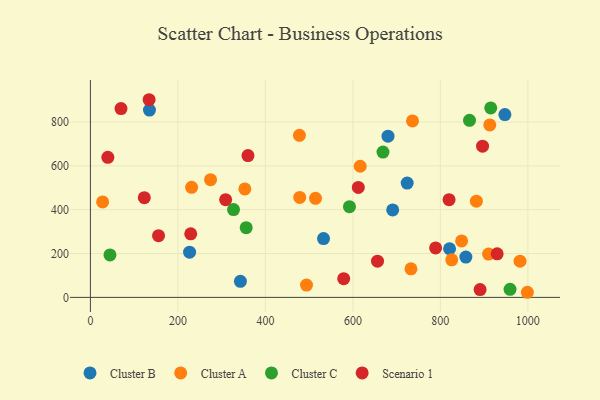
{"axis": {"x": "Price", "y": "Profit"}, "legend": ["Cluster A", "Cluster B", "Cluster C", "Scenario 1"], "data": [{"x": "342.9", "y": 73.4, "type": "Cluster B"}, {"x": "226.7", "y": 206.2, "type": "Cluster B"}, {"x": "135.0", "y": 854.3, "type": "Cluster B"}, {"x": "821.0", "y": 221.9, "type": "Cluster B"}, {"x": "691.0", "y": 399.0, "type": "Cluster B"}, {"x": "724.1", "y": 521.6, "type": "Cluster B"}, {"x": "858.3", "y": 184.0, "type": "Cluster B"}, {"x": "532.9", "y": 268.1, "type": "Cluster B"}, {"x": "680.3", "y": 735.5, "type": "Cluster B"}, {"x": "947.5", "y": 834.0, "type": "Cluster B"}, {"x": "998.9", "y": 23.3, "type": "Cluster A"}, {"x": "732.8", "y": 130.3, "type": "Cluster A"}, {"x": "736.3", "y": 805.1, "type": "Cluster A"}, {"x": "616.7", "y": 598.3, "type": "Cluster A"}, {"x": "494.0", "y": 56.2, "type": "Cluster A"}, {"x": "848.6", "y": 257.6, "type": "Cluster A"}, {"x": "353.0", "y": 495.0, "type": "Cluster A"}, {"x": "514.6", "y": 452.1, "type": "Cluster A"}, {"x": "882.3", "y": 439.1, "type": "Cluster A"}, {"x": "274.6", "y": 537.0, "type": "Cluster A"}, {"x": "913.0", "y": 786.7, "type": "Cluster A"}, {"x": "910.2", "y": 197.7, "type": "Cluster A"}, {"x": "478.5", "y": 456.1, "type": "Cluster A"}, {"x": "27.9", "y": 435.4, "type": "Cluster A"}, {"x": "231.3", "y": 501.9, "type": "Cluster A"}, {"x": "982.1", "y": 165.2, "type": "Cluster A"}, {"x": "826.0", "y": 171.4, "type": "Cluster A"}, {"x": "477.8", "y": 739.4, "type": "Cluster A"}, {"x": "915.1", "y": 864.1, "type": "Cluster C"}, {"x": "866.6", "y": 807.6, "type": "Cluster C"}, {"x": "44.7", "y": 193.9, "type": "Cluster C"}, {"x": "327.1", "y": 400.5, "type": "Cluster C"}, {"x": "668.8", "y": 662.7, "type": "Cluster C"}, {"x": "356.1", "y": 317.9, "type": "Cluster C"}, {"x": "592.2", "y": 413.8, "type": "Cluster C"}, {"x": "959.3", "y": 36.9, "type": "Cluster C"}, {"x": "309.1", "y": 445.6, "type": "Scenario 1"}, {"x": "896.4", "y": 689.6, "type": "Scenario 1"}, {"x": "579.0", "y": 85.3, "type": "Scenario 1"}, {"x": "69.9", "y": 861.3, "type": "Scenario 1"}, {"x": "890.8", "y": 35.7, "type": "Scenario 1"}, {"x": "656.3", "y": 165.2, "type": "Scenario 1"}, {"x": "360.2", "y": 647.1, "type": "Scenario 1"}, {"x": "929.8", "y": 198.9, "type": "Scenario 1"}, {"x": "123.2", "y": 454.7, "type": "Scenario 1"}, {"x": "819.9", "y": 445.9, "type": "Scenario 1"}, {"x": "229.3", "y": 290.0, "type": "Scenario 1"}, {"x": "789.1", "y": 225.7, "type": "Scenario 1"}, {"x": "155.7", "y": 281.5, "type": "Scenario 1"}, {"x": "39.8", "y": 638.8, "type": "Scenario 1"}, {"x": "612.4", "y": 501.6, "type": "Scenario 1"}, {"x": "134.2", "y": 901.7, "type": "Scenario 1"}]}